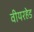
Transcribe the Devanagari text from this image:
वीयरहेड